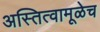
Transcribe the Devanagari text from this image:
अस्तित्वामूळेच